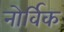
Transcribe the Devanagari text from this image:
नोर्विक